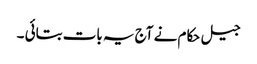
جیل حکام نے آج یہ بات بتائی ۔